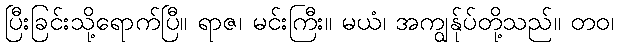
ပြီးခြင်းသို့ရောက်ပြီ။ ရာဇ၊ မင်းကြီး။ မယံ၊ အကျွန်ုပ်တို့သည်။ တဝ၊